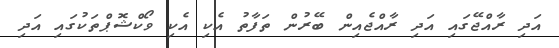
އަދި ރާއްޖޭގައި އަދި ރާއްޖެއިން ބޭރުން ތަފާތު އެކި އެކި ވޯކްޝޮޕްތަކުގައި އަދި